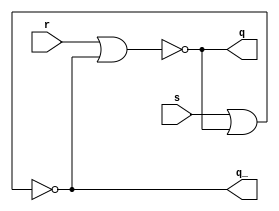
/* CSED273 lab5 experiment 2 */
/* lab5_2.v */

`timescale 1ns / 1ps

/* Implement srLatch */
module srLatch(
    input s, r,
    output q, q_
    );

    nor(q, r, q_);
    nor(q_, s, q);

endmodule

/* Implement master-slave JK flip-flop with srLatch module */
module lab5_2(
    input reset_n, j, k, clk,
    output q, q_
    );

    wire clk_, reset;
    wire j1, k1, j2, k2;

    wire s_master, r_master, p, p_;

    not(clk_, clk);
    not(reset, reset_n);

    and(s_master, j, q_, clk);
    and(r_master, k, q, clk);

    and(j1, reset_n, s_master);
    or(k1, reset, r_master);

    and(j2, p, clk_);
    and(k2, p_, clk_);

    srLatch MasterLatch(
        .s(j1),
        .r(k1),
        .q(p),
        .q_(p_)
    );

    srLatch slaveLatch(
        .s(j2),
        .r(k2),
        .q(q),
        .q_(q_)
    );
    
endmodule